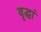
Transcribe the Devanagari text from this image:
वृद्धां